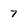
Character: 7